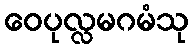
ဝေပုလ္လမဂမံသု